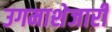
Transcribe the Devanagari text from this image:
उगमाशेजारी